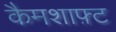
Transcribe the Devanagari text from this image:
कैमशाफ़्ट